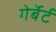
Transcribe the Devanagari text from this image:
गेर्बेर्ट